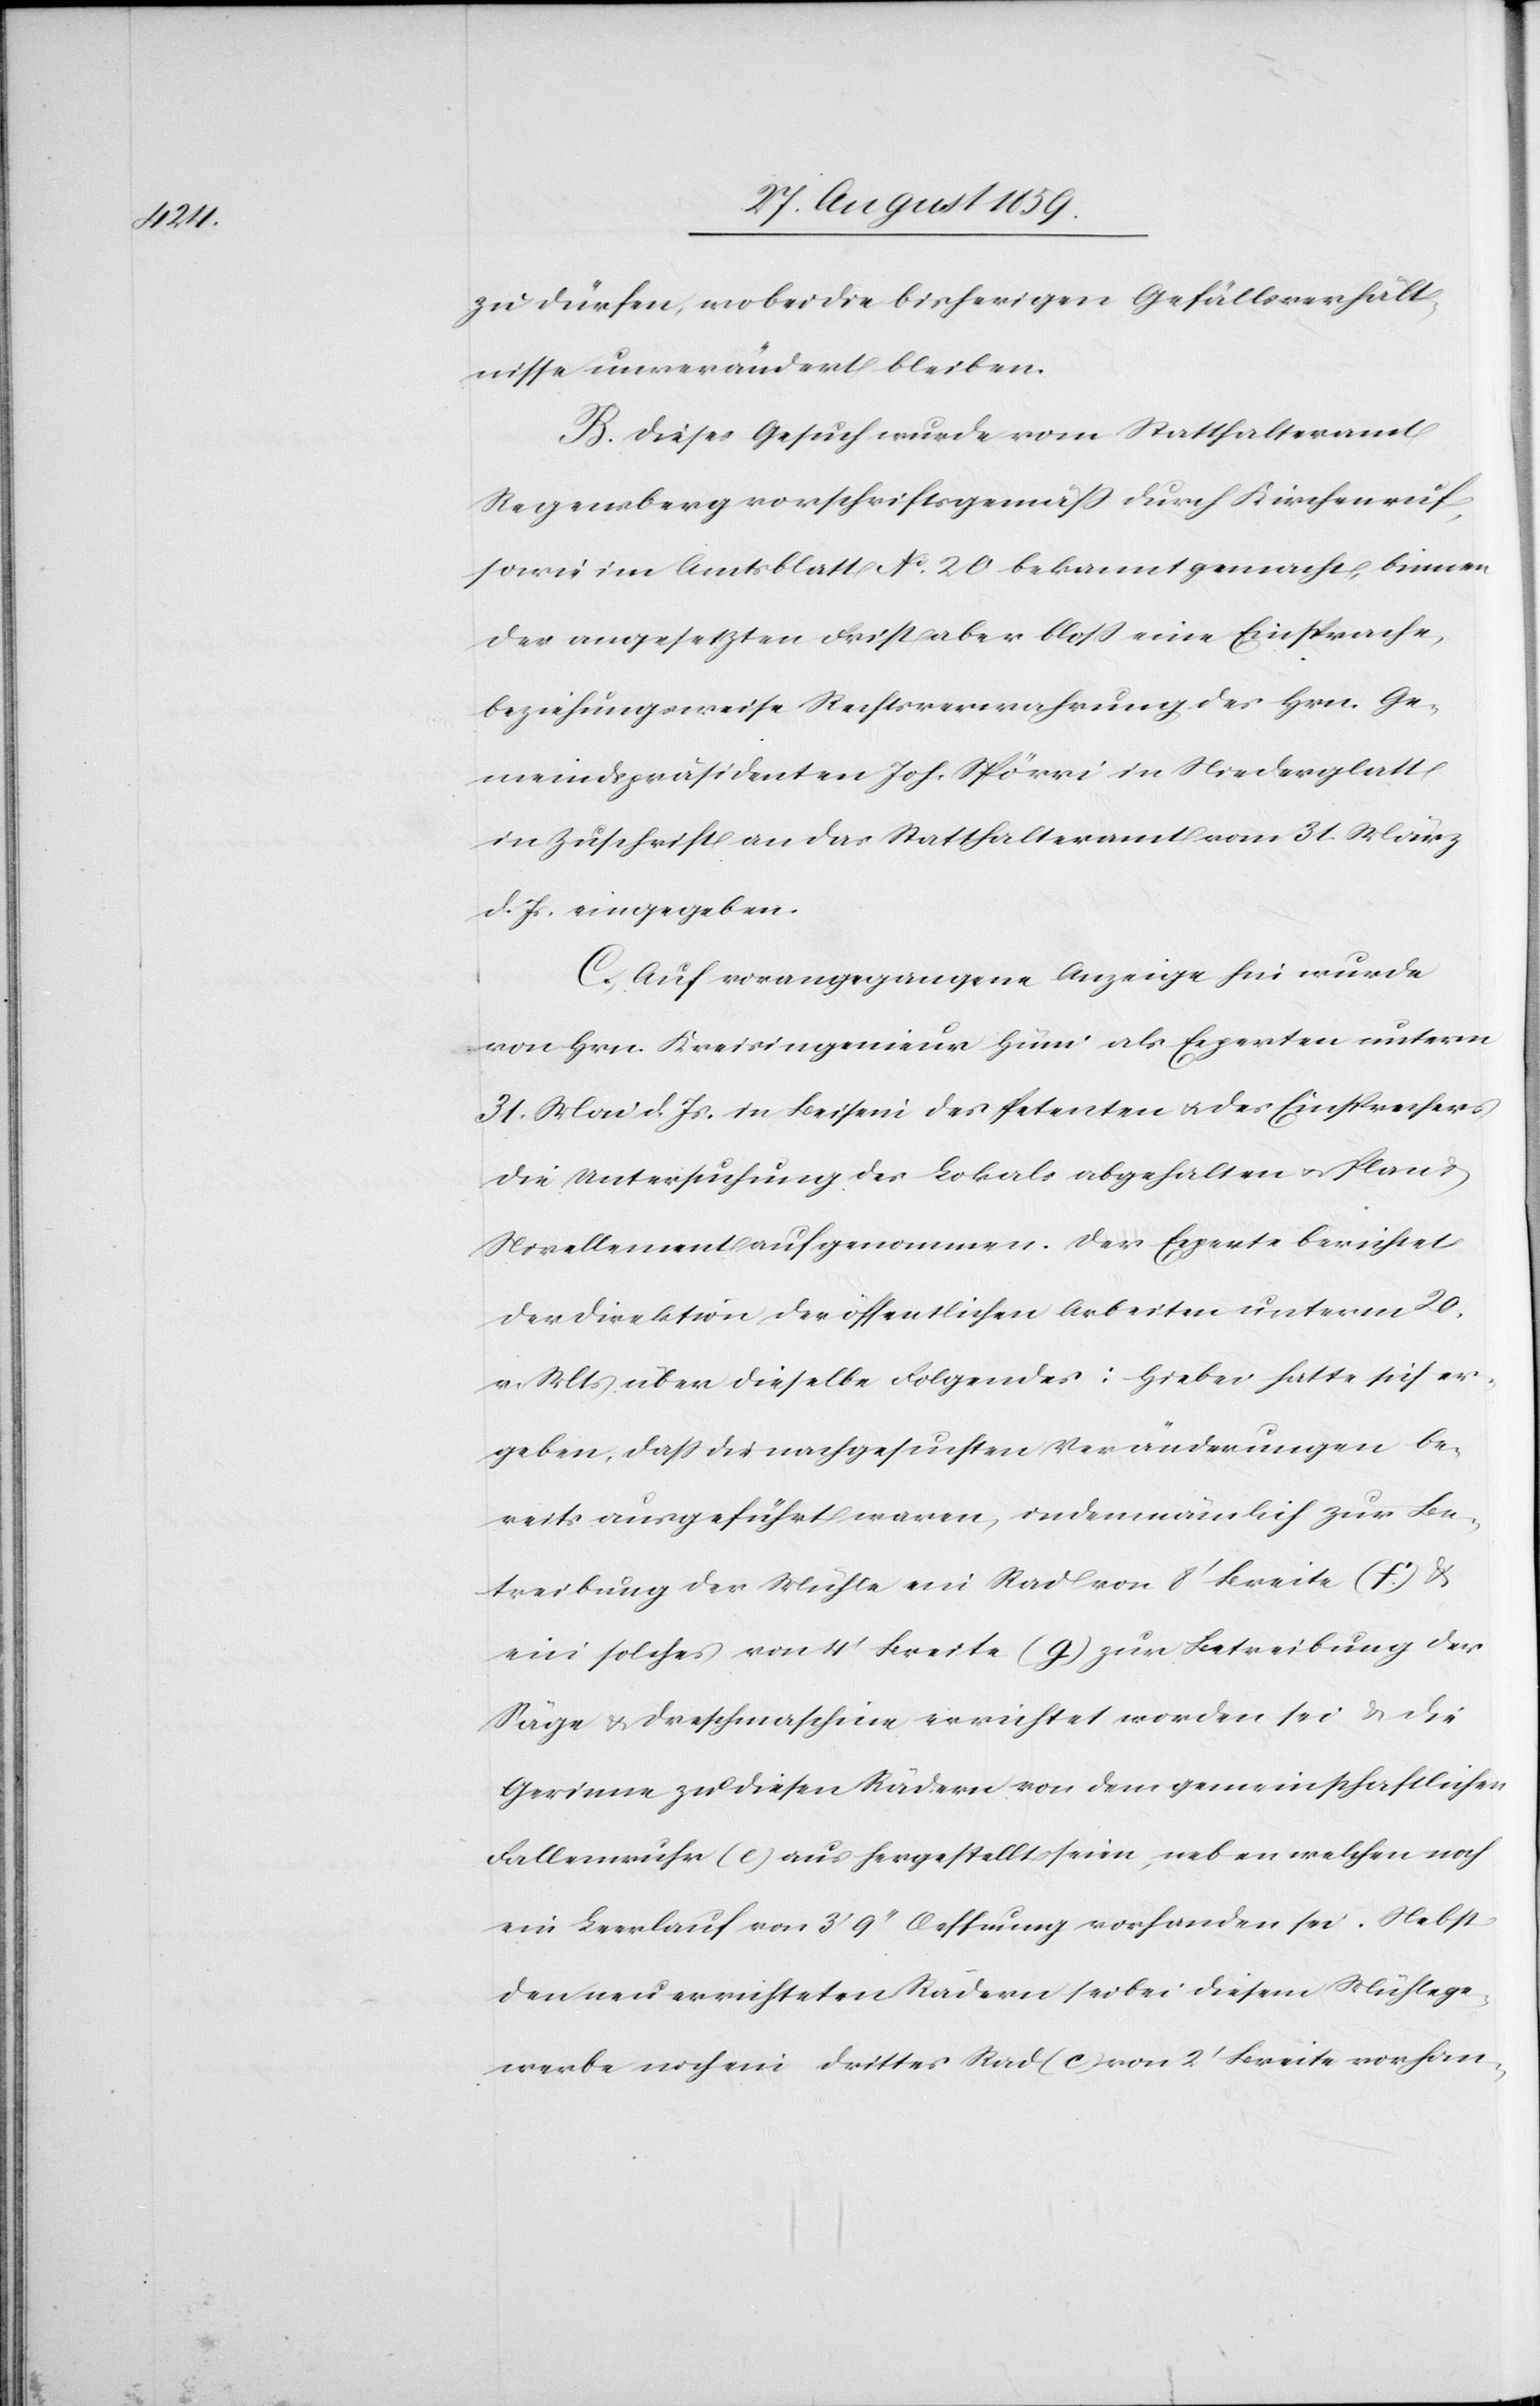
zu dürfen, wobei die bisherigen Gefällsverhält¬
nisse unverändert bleiben.
B. Dieses Gesuch wurde vom Statthalteramt
Regensberg vorschriftsgemäß durch Kirchenruf,
sowie im Amtsblatt No. 20 bekannt gemacht, binnen
der angesetzten Frist aber bloß eine Einsprache,
beziehungsweise Rechtsverwahrung des Hrn. Ge¬
meindspräsidenten Joh. Spörri in Niederglatt
in Zuschrift an das Statthalteramt vom 31. März
d. Js. eingegeben.
C. Auf vorangegangene Anzeige hin wurde
von Hrn. Kreisingenieur Häni als Experten unterm
31. Mai d. Js. in Beisein des Petenten & des Einsprechers
die Untersuchung des Lokals abgehalten & Plan &
Nivellement aufgenommen. Der Experte berichtet
der Direktion der öffentlichen Arbeiten unterm 20.
v. Mts. über dieselbe Folgendes: Hiebei hatte sich er¬
geben, daß die nachgesuchten Veränderungen be¬
reits ausgeführt waren, indem nämlich zur Be¬
treibung der Mühle ein Rad von 8’ Breite (f.) &
ein solches von 4’ Breite (g.) zur Betreibung der
Säge & Dreschmaschine errichtet worden sei & die
Gerinne zu diesen Rädern von dem gemeinschaftlichen
Fallenwuhr (e) aus hergestellt seien, neben welchen noch
ein Leerlauf von 3’9’’ Oeffnung vorhanden sei. Nebst
den neu errichteten Rädern sei bei diesem Mühlege¬
werbe noch ein drittes Rad (c) von 2’ Breite vorhan-